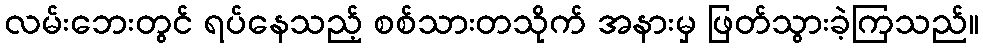
လမ်းဘေးတွင် ရပ်နေသည့် စစ်သားတသိုက် အနားမှ ဖြတ်သွားခဲ့ကြသည်။